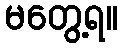
မတွေ့ရ။